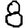
Digit: 8